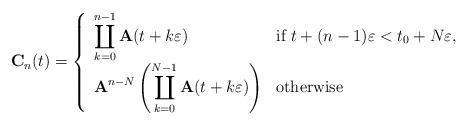
LaTeX: \begin{align*}\mathbf{C}_n(t)=\left\{\begin{array}{ll}\displaystyle \coprod_{k=0}^{n-1} \mathbf{A}(t+k\varepsilon) & \mbox{if }t+(n-1)\varepsilon<t_0+N\varepsilon,\\\displaystyle \mathbf{A}^{n-N}\left(\coprod_{k=0}^{N-1} \mathbf{A}(t+k\varepsilon)\right) & \mbox{otherwise}\end{array}\right.\end{align*}